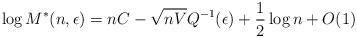
LaTeX: \begin{align*}\log M^*(n,\epsilon) = n C - \sqrt{nV}Q^{-1}(\epsilon) + \frac{1}{2}\log n + O(1)\end{align*}